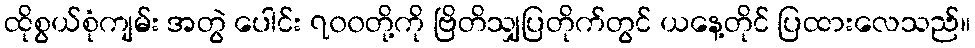
ထိုစွယ်စုံကျမ်း အတွဲ ပေါင်း ၇၀၀တို့ကို ဗြိတိသျှပြတိုက်တွင် ယနေ့တိုင် ပြထားလေသည်။